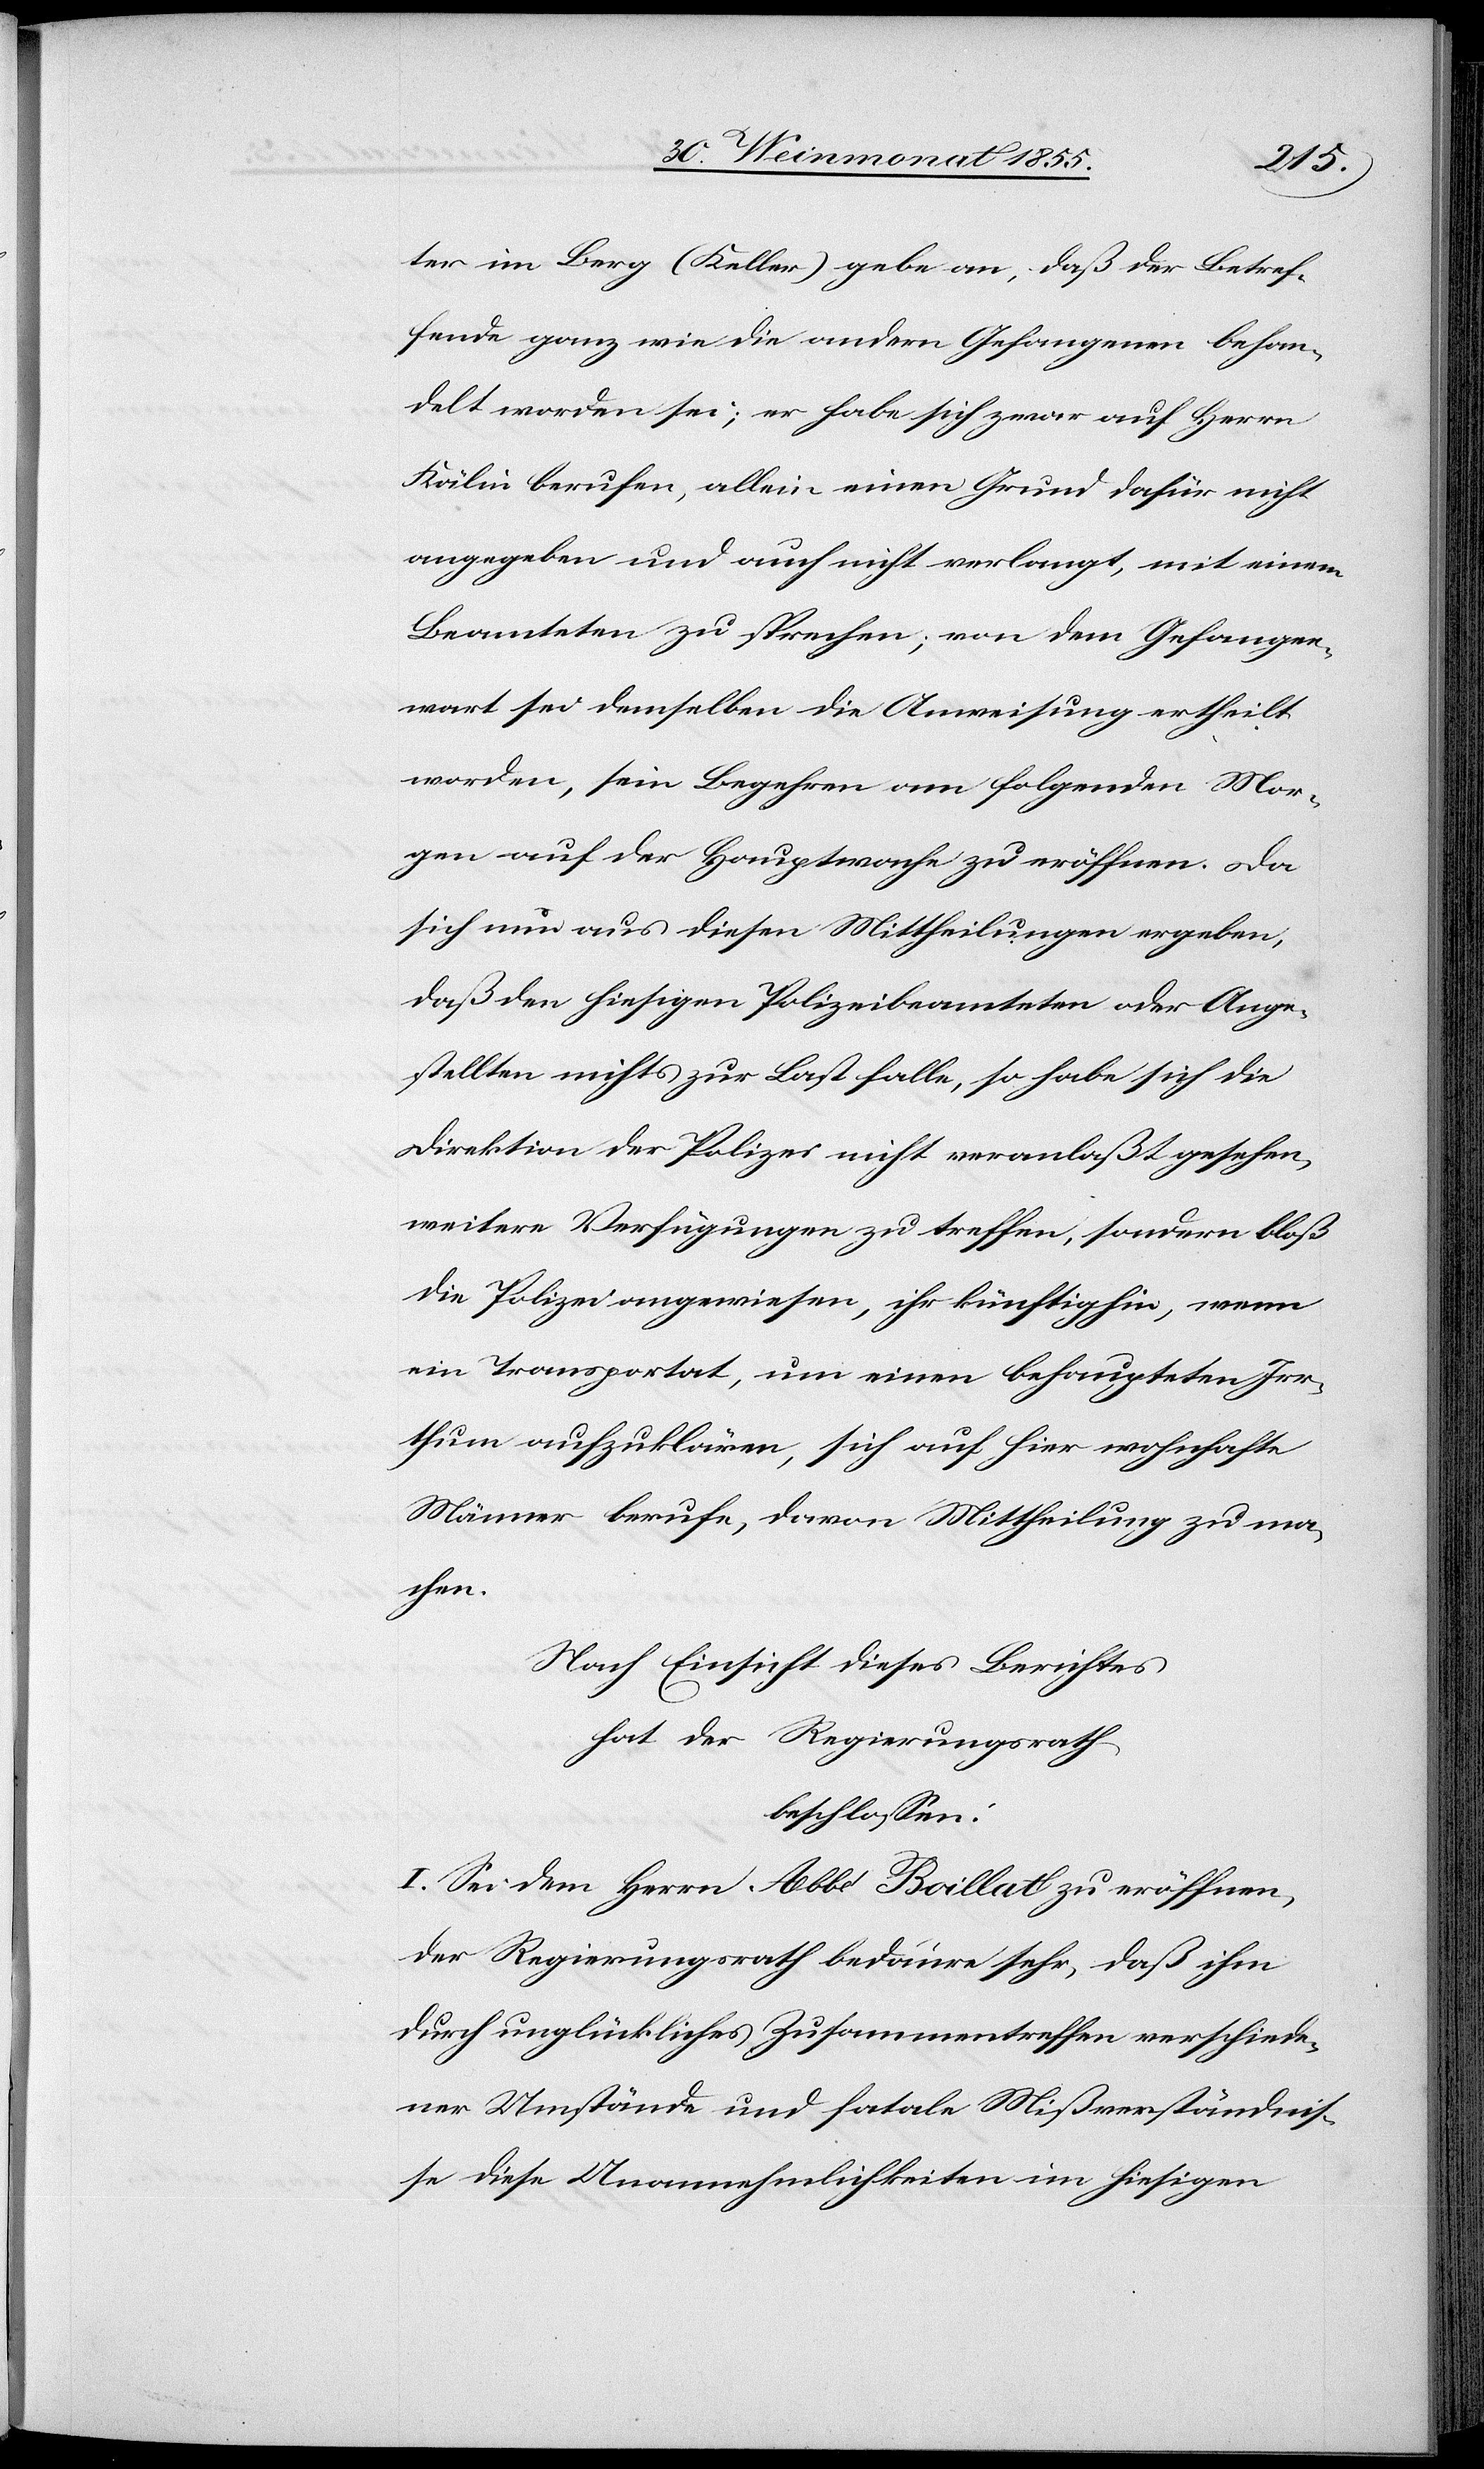
ter im Berg (Keller) gebe an, daß der Betref¬
fende ganz wie die andern Gefangenen behan¬
delt worden sei; er habe sich zwar auf Herrn
Kälin berufen, allein einen Grund dafür nicht
angegeben und auch nicht verlangt, mit einem
Beamteten zu sprechen; von dem Gefangen¬
wart sei demselben die Anweisung ertheilt
worden, sein Begehren am folgenden Mor¬
gen auf der Hauptwache zu eröffnen. Da
sich nun aus diesen Mittheilungen ergeben,
daß den hiesigen Polizeibeamteten oder Ange¬
stellten nichts zur Last falle, so habe sich die
Direktion der Polizei nicht veranlaßt gesehen,
weitere Verfügungen zu treffen, sondern bloß
die Polizei angewiesen, ihr künftighin, wenn
ein Transportat, um einen behaupteten Irr¬
thum aufzuklären, sich auf hier wohnhafte
Männer berufe, davon Mittheilung zu ma¬
chen.
Nach Einsicht dieses Berichtes
hat der Regierungsrath
beschlossen:
I. Sei dem Herrn Abbé Boillat zu eröffnen,
der Regierungsrath bedaure sehr, daß ihm
durch unglückliches Zusammentreffen verschiede¬
ner Umstände und fatale Mißverständnis¬
se diese Unannehmlichkeiten im hiesigen